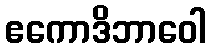
ဧကောဒိဘာဝေါ